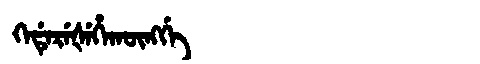
Manchu: ᡴᡝᡩᡝᡵᡝᡧᡝᡥᠠᡴᡡᠩᡤᡝ
Romanization: KEDEREŠEHAKŪNGGE